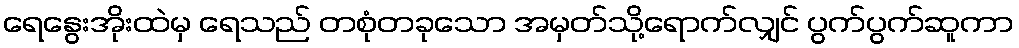
ရေနွေးအိုးထဲမှ ရေသည် တစုံတခုသော အမှတ်သို့ရောက်လျှင် ပွက်ပွက်ဆူကာ